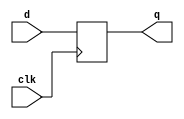
`timescale 1ns / 1ps
//////////////////////////////////////////////////////////////////////////////////
// Company: 
// Engineer: 
// 
// Design Name: 
// Module Name:    D_FF 
// Project Name: 
// Target Devices: 
// Tool versions: 
// Description: 
//
// Dependencies: 
//
// Revision: 
// Revision 0.01 - File Created
// Additional Comments: 
//
//////////////////////////////////////////////////////////////////////////////////
module D_FF(q,d,clk);
input d,clk;
output reg q = 0;
always@(posedge clk)
begin 
q=d;
end

endmodule